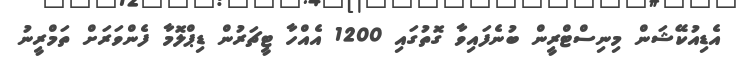
އެޑިއުކޭޝަން މިނިސްޓްރީން ބުނެފައިވާ ގޮތުގައި 1200 އެއްހާ ޓީޗަރުން ޑިޕްލޮމާ ފެންވަރަށް ތަމްރީނު